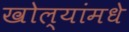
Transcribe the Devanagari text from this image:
खोल्यांमधे